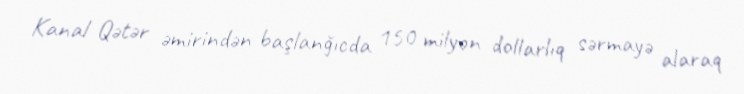
Kanal Qətər əmirindən başlanğıcda 150 milyon dollarlıq sərmayə alaraq